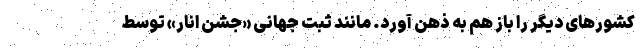
کشورهای دیگر را باز هم به ذهن آورد. مانند ثبت جهانی «جشن انار» توسط